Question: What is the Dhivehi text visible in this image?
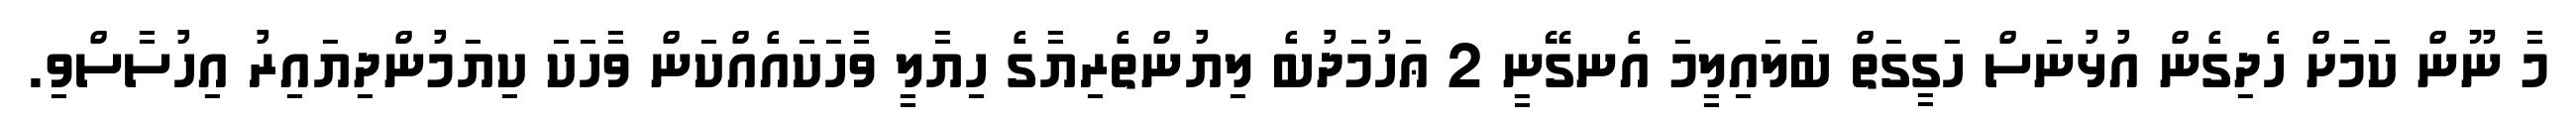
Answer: މާ ނޫން ކަމަށް ހެދިގެން އުޅުނަސް ހަގީގަތް ބަލައިލީމަ އެނގޭނީ 2 ޢަހުމަދުބެ ލިޔުންތެރިޔާގެ ހިޔާލީ ވާހަކައެއްކަން ވާހަކަ ކިޔަމުންދިޔައިރު އިހުސާސްވި.